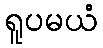
ရူပမယံ